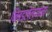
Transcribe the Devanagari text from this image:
निवडलेल्यांना